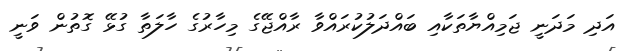
އަދި މަދަނީ ޖަމިއްޔާތަކާއި ބައްދަލުކުރައްވާ ރާއްޖޭގެ މިހާރުގެ ހާލަތާ ގުޅޭ ގޮތުން ވަނީ